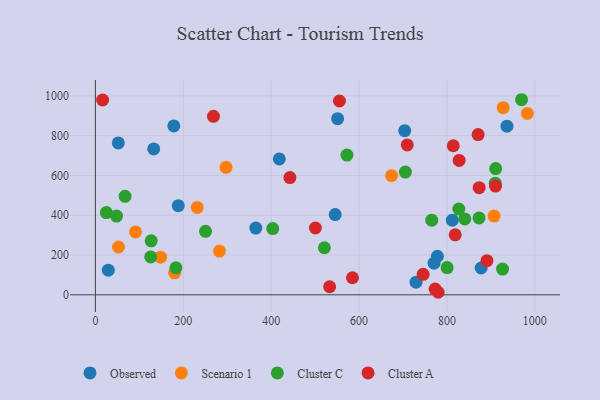
{"axis": {"x": "Ad Spend", "y": "Yield"}, "legend": ["Cluster A", "Cluster C", "Observed", "Scenario 1"], "data": [{"x": "770.6", "y": 159.0, "type": "Observed"}, {"x": "778.2", "y": 193.9, "type": "Observed"}, {"x": "29.3", "y": 123.9, "type": "Observed"}, {"x": "132.6", "y": 733.1, "type": "Observed"}, {"x": "877.8", "y": 134.7, "type": "Observed"}, {"x": "365.0", "y": 335.4, "type": "Observed"}, {"x": "545.7", "y": 403.4, "type": "Observed"}, {"x": "703.8", "y": 825.2, "type": "Observed"}, {"x": "812.2", "y": 375.0, "type": "Observed"}, {"x": "52.1", "y": 763.3, "type": "Observed"}, {"x": "729.7", "y": 63.7, "type": "Observed"}, {"x": "418.5", "y": 682.9, "type": "Observed"}, {"x": "936.5", "y": 847.7, "type": "Observed"}, {"x": "551.2", "y": 885.1, "type": "Observed"}, {"x": "178.4", "y": 848.7, "type": "Observed"}, {"x": "188.5", "y": 448.0, "type": "Observed"}, {"x": "983.0", "y": 911.9, "type": "Scenario 1"}, {"x": "231.6", "y": 439.0, "type": "Scenario 1"}, {"x": "91.2", "y": 316.3, "type": "Scenario 1"}, {"x": "282.2", "y": 219.7, "type": "Scenario 1"}, {"x": "148.3", "y": 188.9, "type": "Scenario 1"}, {"x": "297.2", "y": 640.8, "type": "Scenario 1"}, {"x": "907.2", "y": 395.6, "type": "Scenario 1"}, {"x": "52.6", "y": 240.4, "type": "Scenario 1"}, {"x": "674.0", "y": 598.6, "type": "Scenario 1"}, {"x": "180.3", "y": 110.5, "type": "Scenario 1"}, {"x": "927.9", "y": 940.7, "type": "Scenario 1"}, {"x": "403.5", "y": 333.1, "type": "Cluster C"}, {"x": "840.6", "y": 381.5, "type": "Cluster C"}, {"x": "183.2", "y": 135.6, "type": "Cluster C"}, {"x": "67.5", "y": 494.8, "type": "Cluster C"}, {"x": "827.0", "y": 430.8, "type": "Cluster C"}, {"x": "800.3", "y": 136.9, "type": "Cluster C"}, {"x": "705.4", "y": 617.1, "type": "Cluster C"}, {"x": "873.0", "y": 386.3, "type": "Cluster C"}, {"x": "126.9", "y": 271.1, "type": "Cluster C"}, {"x": "909.8", "y": 561.3, "type": "Cluster C"}, {"x": "969.8", "y": 980.6, "type": "Cluster C"}, {"x": "910.9", "y": 634.5, "type": "Cluster C"}, {"x": "250.6", "y": 319.2, "type": "Cluster C"}, {"x": "521.1", "y": 236.4, "type": "Cluster C"}, {"x": "48.0", "y": 395.5, "type": "Cluster C"}, {"x": "572.4", "y": 702.4, "type": "Cluster C"}, {"x": "926.5", "y": 129.3, "type": "Cluster C"}, {"x": "24.9", "y": 413.1, "type": "Cluster C"}, {"x": "765.4", "y": 374.9, "type": "Cluster C"}, {"x": "125.8", "y": 190.5, "type": "Cluster C"}, {"x": "533.0", "y": 40.5, "type": "Cluster A"}, {"x": "709.6", "y": 753.4, "type": "Cluster A"}, {"x": "585.0", "y": 85.8, "type": "Cluster A"}, {"x": "827.7", "y": 675.5, "type": "Cluster A"}, {"x": "442.6", "y": 589.1, "type": "Cluster A"}, {"x": "16.4", "y": 979.1, "type": "Cluster A"}, {"x": "500.6", "y": 335.9, "type": "Cluster A"}, {"x": "870.9", "y": 805.4, "type": "Cluster A"}, {"x": "814.4", "y": 749.3, "type": "Cluster A"}, {"x": "555.3", "y": 974.3, "type": "Cluster A"}, {"x": "891.0", "y": 171.3, "type": "Cluster A"}, {"x": "873.3", "y": 538.5, "type": "Cluster A"}, {"x": "745.8", "y": 103.1, "type": "Cluster A"}, {"x": "268.6", "y": 897.4, "type": "Cluster A"}, {"x": "818.8", "y": 301.4, "type": "Cluster A"}, {"x": "910.5", "y": 546.4, "type": "Cluster A"}, {"x": "780.0", "y": 12.7, "type": "Cluster A"}, {"x": "773.1", "y": 28.6, "type": "Cluster A"}]}